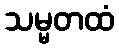
သမ္မတထံ